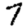
Digit: 7